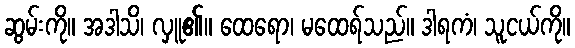
ဆွမ်းကို။ အဒါသိ၊ လှူ၏။ ထေရော၊ မထေရ်သည်။ ဒါရကံ၊ သူငယ်ကို။